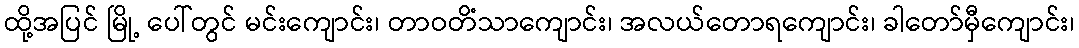
ထို့အပြင် မြို့ ပေါ်တွင် မင်းကျောင်း၊ တာဝတိံသာကျောင်း၊ အလယ်တောရကျောင်း၊ ခါတော်မှီကျောင်း၊